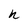
Character: n